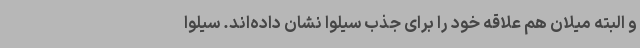
و البته میلان هم علاقه خود را برای جذب سیلوا نشان داده‌اند. سیلوا